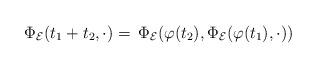
LaTeX: \begin{align*}\Phi_\mathcal{E}(t_1+t_2,\cdot)=\,\Phi_\mathcal{E}(\varphi(t_2),\Phi_\mathcal{E}(\varphi(t_1),\cdot))\end{align*}